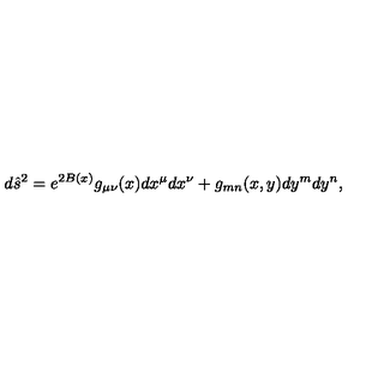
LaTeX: { d \hat { s } ^ { 2 } = e ^ { 2 B ( x ) } g _ { \mu \nu } ( x ) d x ^ { \mu } d x ^ { \nu } + g _ { m n } ( x , y ) d y ^ { m } d y ^ { n } , }